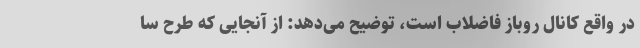
در واقع کانال روباز فاضلاب است، توضیح می‌دهد: از آنجایی که طرح سا